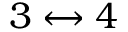
3 \leftrightarrow 4